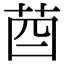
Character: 𦮄